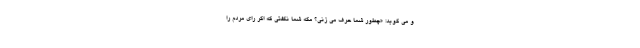
و می گوید: «چطور شما حرف می زنی؟ مگه شما نگفتی که اگر رای مردم را